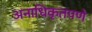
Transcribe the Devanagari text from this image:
अनाधिकृतपणे